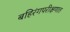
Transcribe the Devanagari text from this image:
बहिरंगपरीक्षणात